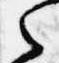
之